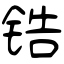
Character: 锆